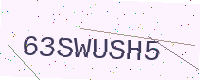
Text: 63SWUSH5